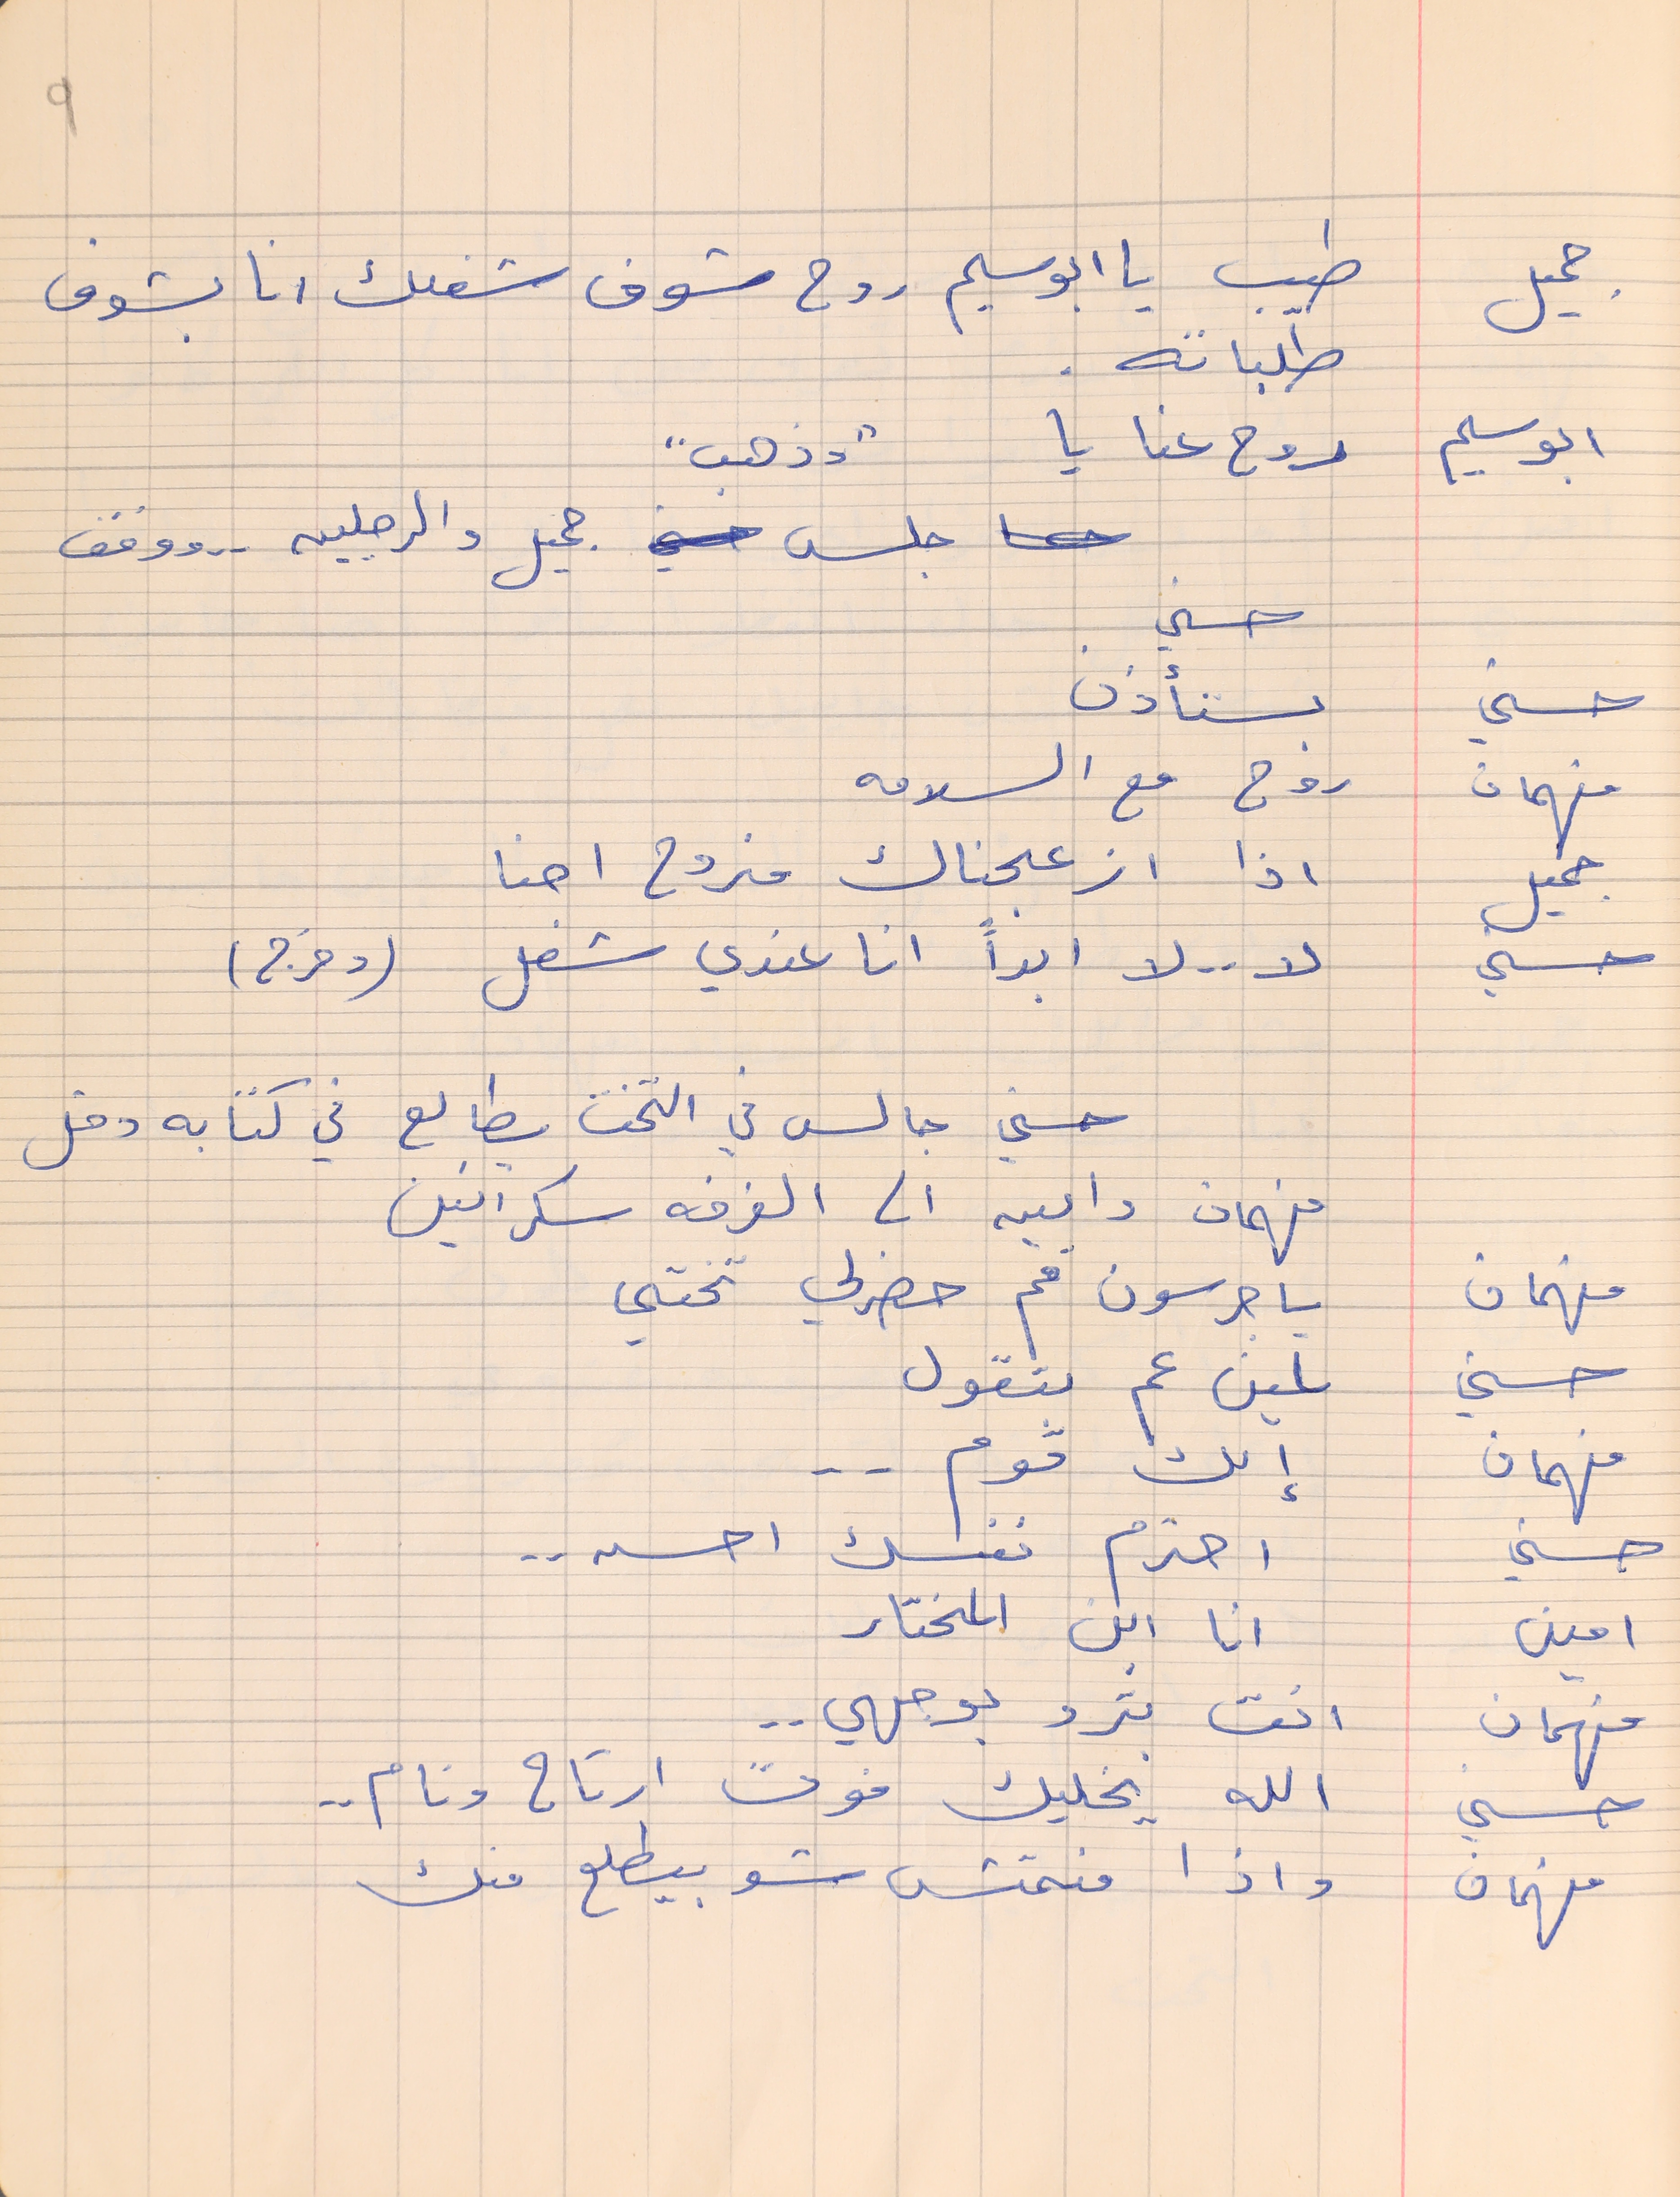
جميل      طيب يا ابو سليم روح شوف شغلك انا بشوف
طلباته .
ابو سليم    روح عنا يا "وذهب"
جلس جميل والرجلين . .  ووقف
حسني
حسني    يستأذن
فهمان     روح مع السلامه
جميل    اذا ازعجناك منروح احنا
حسني     لا . . لا ابداً انا عندي شغل (وخرج)
حسني جالس في التخت يطالع في كتابه دخل
فهمان      وامين الى الغرفه سكرانين
فهمان     يا جرسون قم حضرلي تختي
حسني    لمين عم بتقول
فهمان    إلك قوم  . .
حسني   احترم نفسك احسن . .
امين    انا ابن المختار
فهمان    انت بترد بوجهي . .
حسني     الله يخليك فوت ارتاح ونام . .
فهمان    واذا منمتش شو بيطلع منك
9